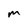
Character: m